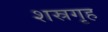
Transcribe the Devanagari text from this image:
शस्रगृह